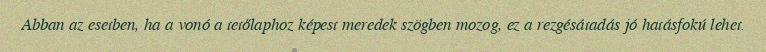
Abban az esetben, ha a vonó a tetőlaphoz képest meredek szögben mozog, ez a rezgésátadás jó hatásfokú lehet.